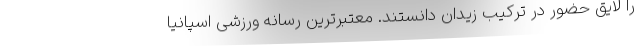
را لایق حضور در ترکیب زیدان دانستند. معتبرترین رسانه ورزشی اسپانیا